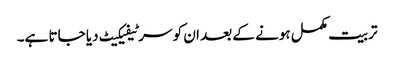
تربیت مکمل ہونے کے بعد ان کو سرٹیفیکیٹ دیا جاتا ہے۔